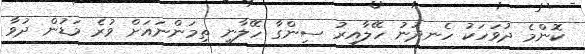
ކޮންމެ ދުވަހަކު ހެނދުނު ހޭލާއިރު ސިންގާ ހޭލާނީ ތިމަންނައަށް ވުރެ މަޑުން ދުވާ